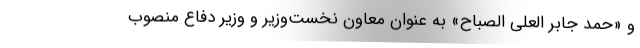
و «حمد جابر العلی الصباح» به عنوان معاون نخست‌وزیر و وزیر دفاع منصوب